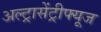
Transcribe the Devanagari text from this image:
अल्ट्रासेंट्रीफ्यूज